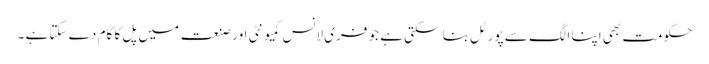
حکومت بھی اپنا الگ سے پورٹل بنا سکتی ہے جو فری لانس کمیونٹی اور صنعت میں پل کا کام دے سکتا ہے ۔